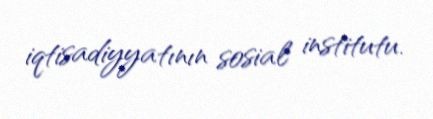
iqtisadiyyatının sosial institutu.